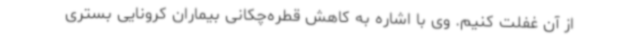
از آن غفلت کنیم. وی با اشاره به کاهش قطره‌چکانی بیماران کرونایی بستری